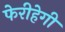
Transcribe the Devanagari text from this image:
फेरीहेगी